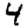
Digit: 4